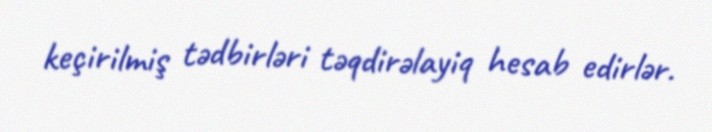
keçirilmiş tədbirləri təqdirəlayiq hesab edirlər.